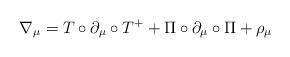
LaTeX: \begin{align*}\nabla _{\mu }=T\circ \partial _{\mu }\circ T^{+}+\Pi \circ \partial _{\mu}\circ \Pi +\rho _{\mu }\end{align*}